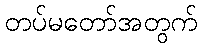
တပ်မတော်အတွက်